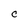
Character: C